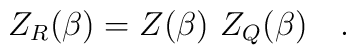
Z_R(\beta)=Z(\beta)~Z_{Q}(\beta)~~~.